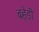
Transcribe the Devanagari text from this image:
बहेड़ी